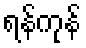
ရန်ကုန်